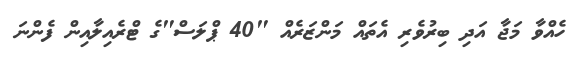
ހެއްވާ މަޖާ އަދި ބިރުވެރި އެތައް މަންޒަރެއް "40 ޕްލަސް"ގެ ޓްރެއިލާއިން ފެންނަ